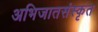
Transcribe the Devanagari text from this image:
अभिजातसंस्कृत